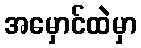
အမှောင်ထဲမှာ